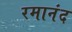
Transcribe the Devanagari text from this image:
रमानंद